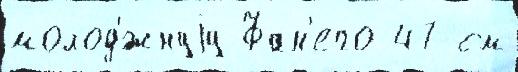
молод'́жнуjу Фан'его 47 см